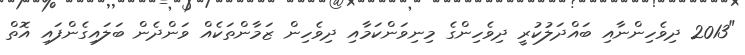
"2013 ދިވެހިންނާއި ބައްދަލުކުރީ ދިވެހިންގެ މިނިވަންކަމާއި ދިވެހިން ޒަމާންތަކެއް ވަންދެން ބަލައިގެންފައި އޮތް